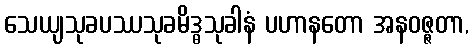
သေယျသုခပဿသုခမိဒ္ဓသုခါနံ ပဟာနတော အနဝဇ္ဇတာ,